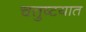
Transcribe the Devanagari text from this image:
चतुष्टयात